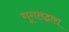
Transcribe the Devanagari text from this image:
गूगलद्वारा